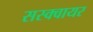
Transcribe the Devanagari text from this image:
सस्क्वायर